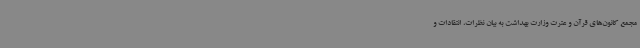
مجمع کانون‌های قرآن ‌و عترت وزارت بهداشت به بیان نظرات، انتقادات و